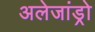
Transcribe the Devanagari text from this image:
अलेजांड्रो